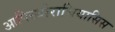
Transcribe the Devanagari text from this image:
आपिस्थोराचियासिस